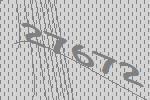
27672